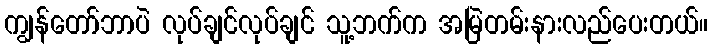
ကျွန်တော်ဘာပဲ လုပ်ချင်လုပ်ချင် သူ့ဘက်က အမြဲတမ်းနားလည်ပေးတယ်။